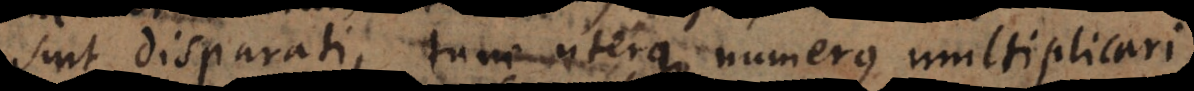
sint disparati, tunc uterque numerus multiplicari